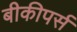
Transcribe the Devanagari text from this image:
बीकीपर्स